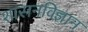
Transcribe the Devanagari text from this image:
शासनविज्ञान